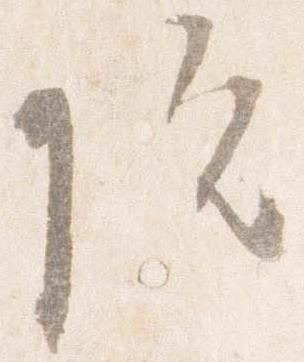
院